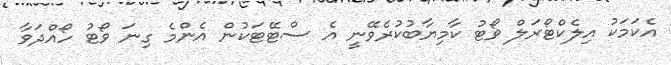
އެކަމަކު އިލެކްޓޯރަލް ވޯޓު ކާމިޔާބުކުރެވޭނީ އެ ސްޓޭޓަކުން އެންމެ ގިނަ ވޯޓު ހޯއްދަވާ